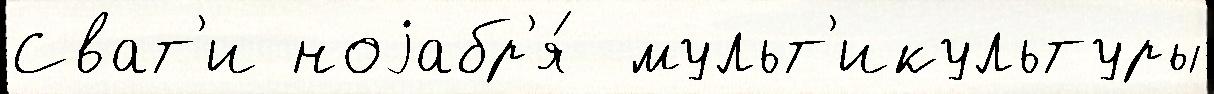
Сват'и ноjабр'я́  мульт'икультуры